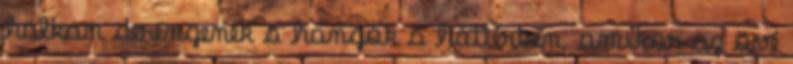
halkan derengenek a hangok a háttérben, amikor az övé